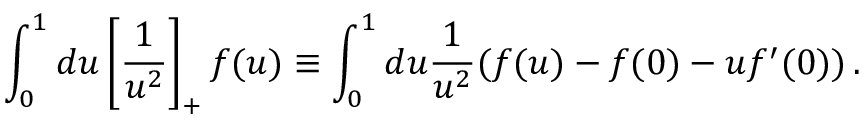
\int _ { 0 } ^ { 1 } d u \left[ \frac { 1 } { u ^ { 2 } } \right] _ { + } f ( u ) \equiv \int _ { 0 } ^ { 1 } d u \frac { 1 } { u ^ { 2 } } ( f ( u ) - f ( 0 ) - u f ^ { \prime } ( 0 ) ) \, .